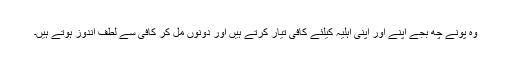
وہ پونے چھ بجے اپنے اور اپنی اہلیہ کیلئے کافی تیار کرتے ہیں اور دونوں مل کر کافی سے لطف اندوز ہوتے ہیں۔